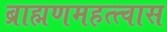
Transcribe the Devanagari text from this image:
ब्राह्मणमहत्त्वास